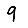
Digit: 9